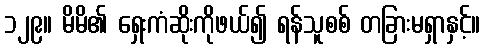
၁၂၉။ မိမိ၏ ရှေးကံဆိုးကိုဖယ်၍ ရန်သူစစ် တခြားမရှာနှင့်။